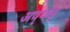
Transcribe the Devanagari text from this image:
अपृथक्